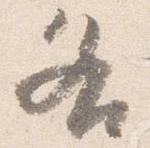
各